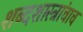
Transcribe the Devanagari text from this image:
शब्दशास्त्रांचाच